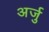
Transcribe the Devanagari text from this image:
अर्जु